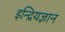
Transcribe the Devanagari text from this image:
इन्द्रियज्ञान